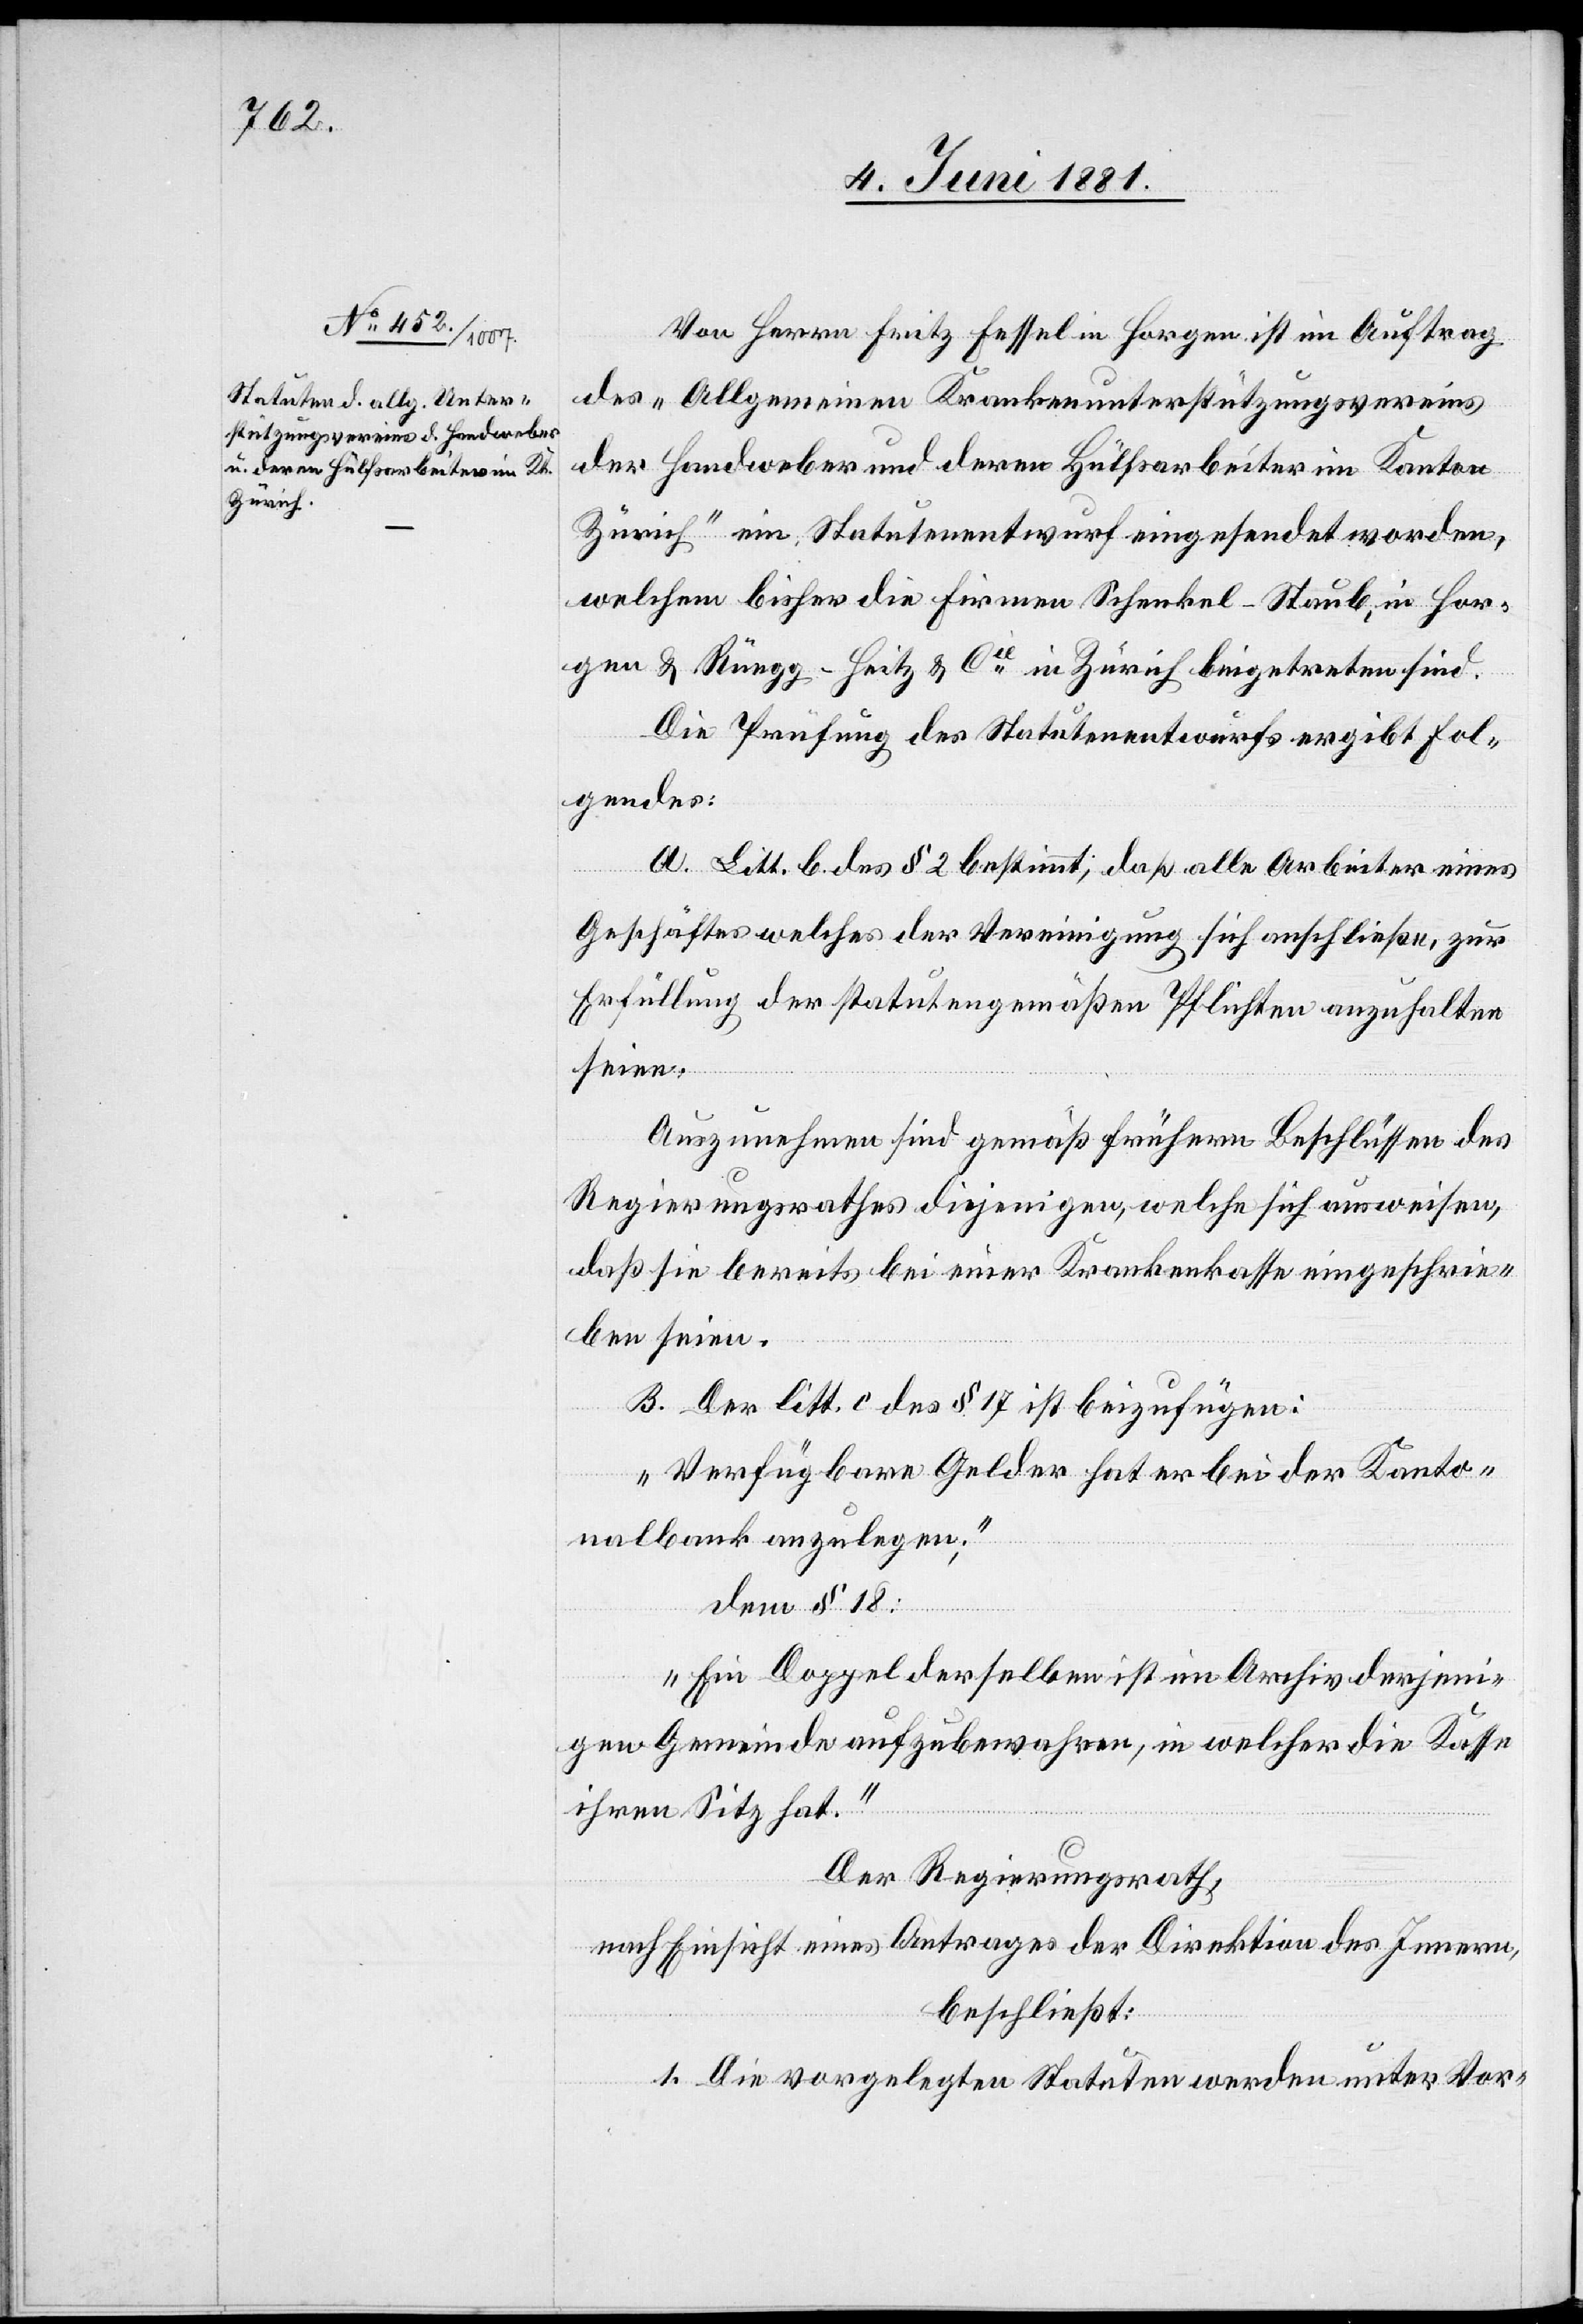
Von Herrn Fritz Fessel in Horgen ist im Auftrag
des „Allgemeinen Krankenunterstützungsvereins
der Handweber und deren Hülfsarbeiter im Kanton
Zürich“ ein Statutenentwurf eingesendet worden,
welchem bisher die Firmen Schenkel-Staub, in Hor¬
gen & Rüegg-Heitz & Cie in Zürich beigetreten sind.
Die Prüfung des Statutenentwurfes ergibt fol¬
gendes:
A. Litt. b. des § 2 bestimmt, daß alle Arbeiter eines
Geschäftes welches der Vereinigung sich anschließe [sic!], zur
Erfüllung der statutengemäßen Pflichten anzuhalten
seien.
Auszunehmen sind gemäß frühern Beschlüssen des
Regierungsrathes diejenigen, welche sich ausweisen,
daß sie bereits bei einer Krankenkasse eingeschrie¬
ben seien.
B. Der Litt. c des § 17 ist beizufügen:
„Verfügbare Gelder hat er bei der Kanto¬
nalbank anzulegen“;
den § 18
„Ein Doppel derselben ist im Archiv derjeni¬
gen Gemeinde aufzubewahren, in welcher die Kasse
ihren Sitz hat.“
Der Regierungsrath,
nach Einsicht eines Antrages der Direktion des Innern,
beschließt:
1. Die vorgelegten Statuten werden unter Vor-